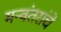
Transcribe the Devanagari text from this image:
मन्वंतरांचे